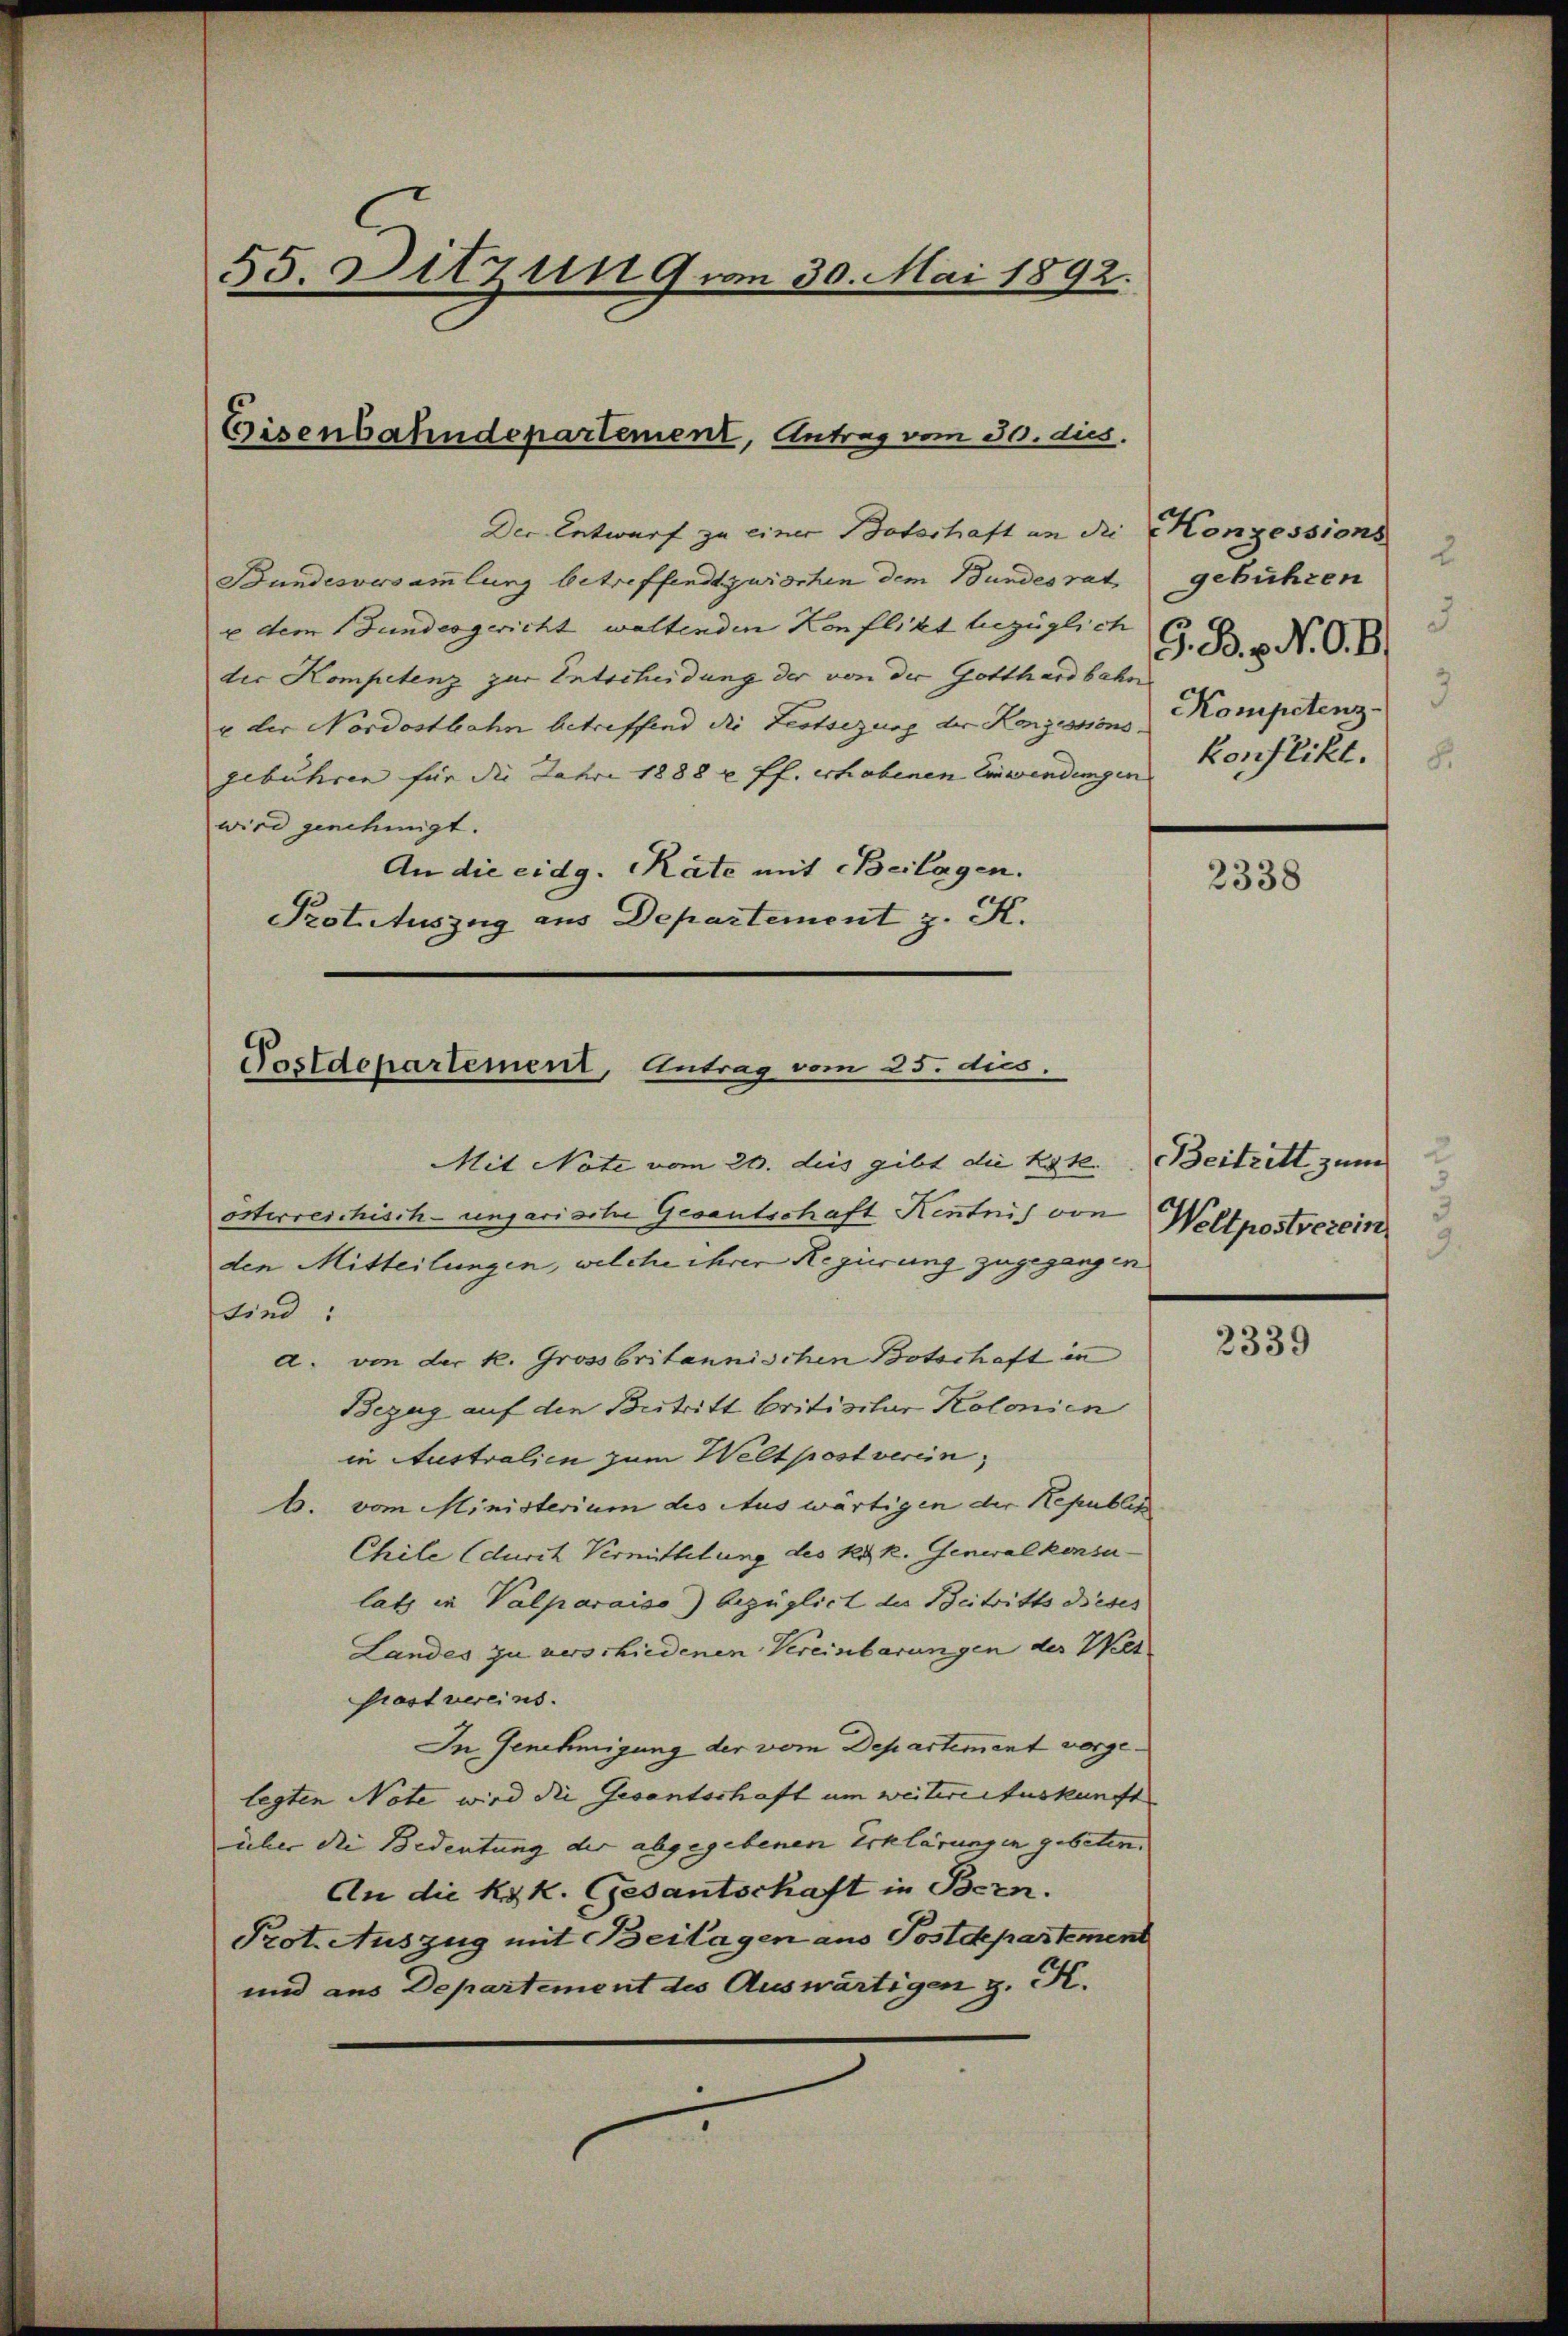
55. Ditzung von 30. Mai 1892.

Eisenbahndepartement, Antrag vom 30. dies.

Der Entwurf zu einer Botschaft an die Konzessions
Bundesversammlung betreffend zwischen dem Bundesrat
e dem Bundesgericht waltenden Konflikt bezüglich G. B. 3. N. O. B.
der Kompetenz zur Entscheidung der von der Gotthardbahn
u der Nordostbahn betreffend die Festsezung der Konzessionsgebühren für die Jahre 1888 u. ff. erhobenen Einwendungen
wird genehmigt.
An die eidg. Räte mit Beilagen.
Pot. Auszug aus Departemont z. K.

Postdepartement, Antrag vom 25. dies.

Mit Note vom 26. dies gibt die Kate.
osterreichisch-ungarische Gesantschaft Kentnis von Weltpostverein
den Mitteilungen, welche ihrer Regierung zugegangen
sind:
a. von der k. Grossbritannischen Botschaft in
Bezug auf den Beitritt britisitar Kolonien
in Australien zum Weltpost verein,
b. vom Ministerium des Auswärtigen der Republic
Chile durch Vermittelung des k. k. Generalkonsulatz in Valparaiso) bezüglich die Beitritts dieses
Landes zu verschiedenen Vereinbarungen der Welt
Grast vereins.
In Genehmigung der vom Departement vorgelegten Note wird die Gesantschaft um weiterer Auskunft
über die Bedeutung der abgegebenen Erklärungen gebeten.
An die k.k. Gesantschaft in Bern.
Prot. Auszug mit Beilagen aus Postdepartement
und aus Departement des Auswärtigen z. K.

gebühren
Kompetenz
konflikt.

2338

Beitritt zum

2339